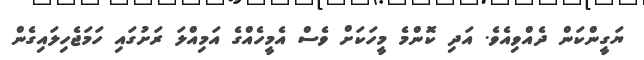
ޔަގީންކަން ދެއްވިއެވެ. އަދި ކޮންމެ މީހަކަށް ވެސް އެމީހެއްގެ އަމިއްލަ ރަށުގައި ހަމަޖެހިލައިގެން